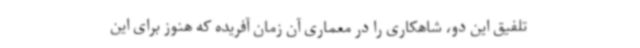
تلفیق این دو، شاهکاری را در معماری آن زمان آفریده که هنوز برای این